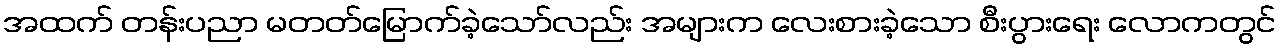
အထက် တန်းပညာ မတတ်မြောက်ခဲ့သော်လည်း အများက လေးစားခဲ့သော စီးပွားရေး လောကတွင်